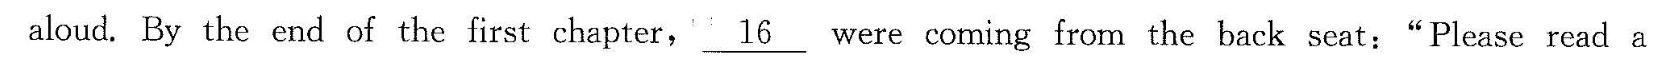
aloud, By the end of the first chapter,16 were coming from the back seat:“Please read a